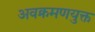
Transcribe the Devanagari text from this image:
अवक्रमणयुक्त